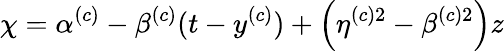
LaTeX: \chi=\alpha^{(c)}-\beta^{(c)}(t-y^{(c)})+\left(\eta^{(c)2}-\beta^{(c)2}\right)z